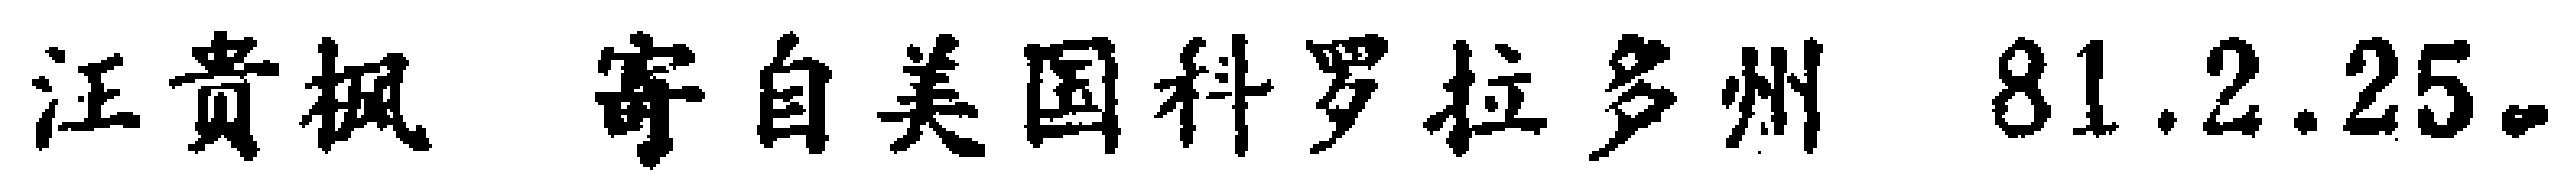
汪贵枫 寄自美国科罗拉多州 81.2.25。